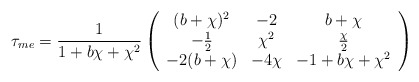
\begin{align*}\tau_{me} = \frac{1}{1 + b \chi + \chi^2}\left( \begin{array}{ccc} (b+ \chi )^2 & -2 & b + \chi \\ - \frac{1}{2} & \chi^2 & \frac{\chi}{2} \\ -2(b + \chi ) & -4 \chi & -1 + b \chi + \chi^2 \end{array} \right)\end{align*}